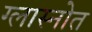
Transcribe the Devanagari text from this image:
ग्लास्नोत